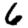
Digit: 6